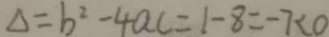
\Delta = b ^ { 2 } - 4 a c = 1 - 8 = - 7 < 0